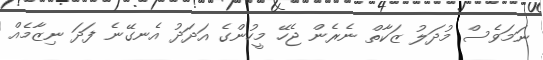
ނަމަވެސް މުދަލު ޒަކާތް ނެރެން ޖެހޭ މީހުންގެ އަދަދު އެނގޭނެ ފަދަ ނިޒާމެއް